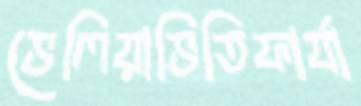
ভেলিয়াভিতিফার্যা